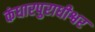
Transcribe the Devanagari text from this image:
कंधारपुराधीश्वर